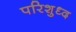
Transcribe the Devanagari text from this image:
परिशुध्द